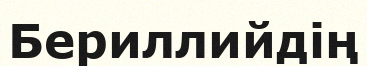
Бериллийдің